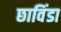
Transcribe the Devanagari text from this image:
छाविंडा